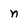
Character: n